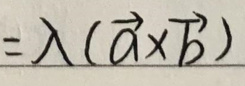
$=\lambda(\vec{a}\times\vec{b})$